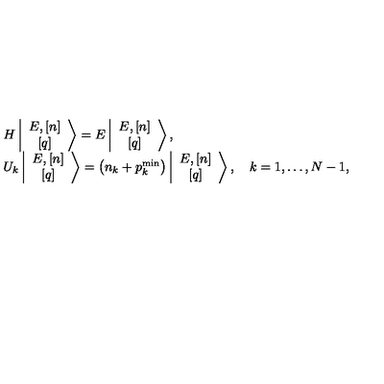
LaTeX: \begin{array} { l } { H \left\vert \begin{array} { c } { E , \left[ n \right] } \\ { \left[ q \right] } \\ \end{array} \right> = E \left\vert \begin{array} { c } { E , \left[ n \right] } \\ { \left[ q \right] } \\ \end{array} \right> , } \\ { { U } _ { k } \left\vert \begin{array} { c } { E , \left[ n \right] } \\ { \left[ q \right] } \\ \end{array} \right> = \left( n _ { k } + p _ { k } ^ { \mathrm { m i n } } \right) \left\vert \begin{array} { c } { E , \left[ n \right] } \\ { \left[ q \right] } \\ \end{array} \right> , \quad k = 1 , \ldots , N - 1 , } \\ \end{array}